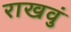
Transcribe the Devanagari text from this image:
राखवुं